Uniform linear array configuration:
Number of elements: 8
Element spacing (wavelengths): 1
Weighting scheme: cosine
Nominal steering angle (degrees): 30
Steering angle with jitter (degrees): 30.675
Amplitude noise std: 0.05
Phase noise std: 0.05

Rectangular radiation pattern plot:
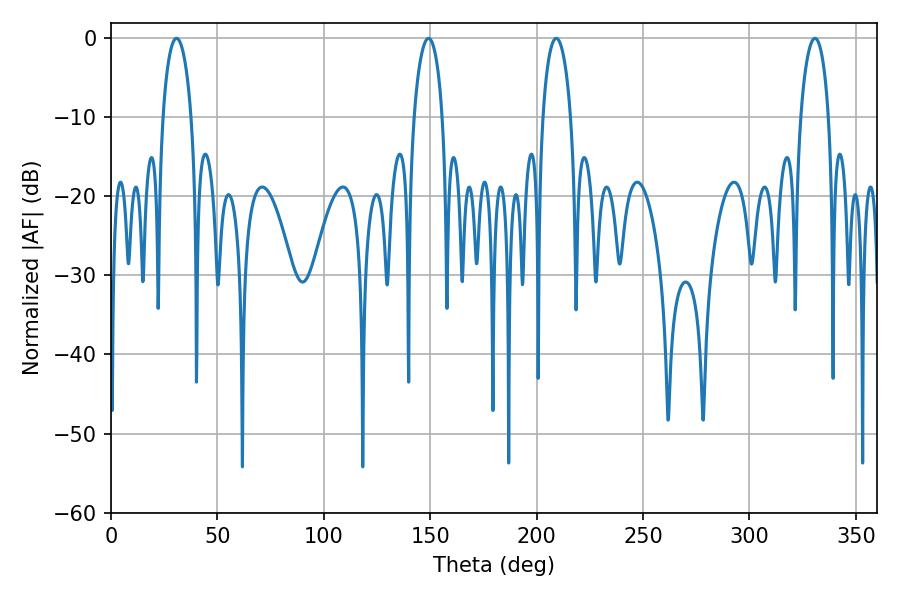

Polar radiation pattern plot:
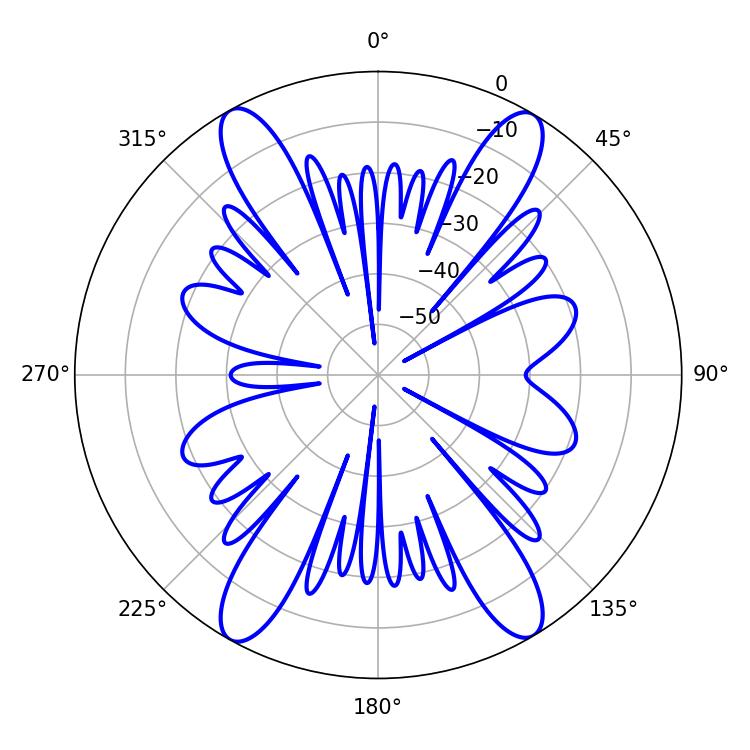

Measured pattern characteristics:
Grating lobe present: TRUE
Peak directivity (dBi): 23.225
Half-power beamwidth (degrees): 7.74
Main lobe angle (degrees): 30.78